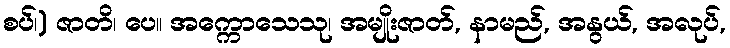
စပ်၊) ဇာတိ၊ ပေ။ အက္ကောသေသု၊ အမျိုးဇာတ်, နာမည်, အနွယ်, အလုပ်,